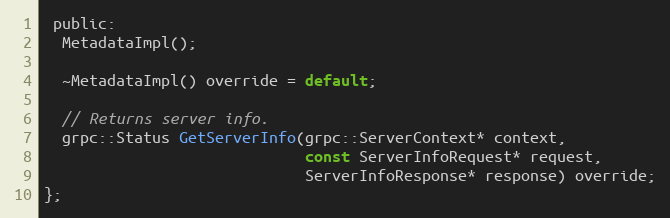
Language: C
 public:
  MetadataImpl();

  ~MetadataImpl() override = default;

  // Returns server info.
  grpc::Status GetServerInfo(grpc::ServerContext* context,
                             const ServerInfoRequest* request,
                             ServerInfoResponse* response) override;
};